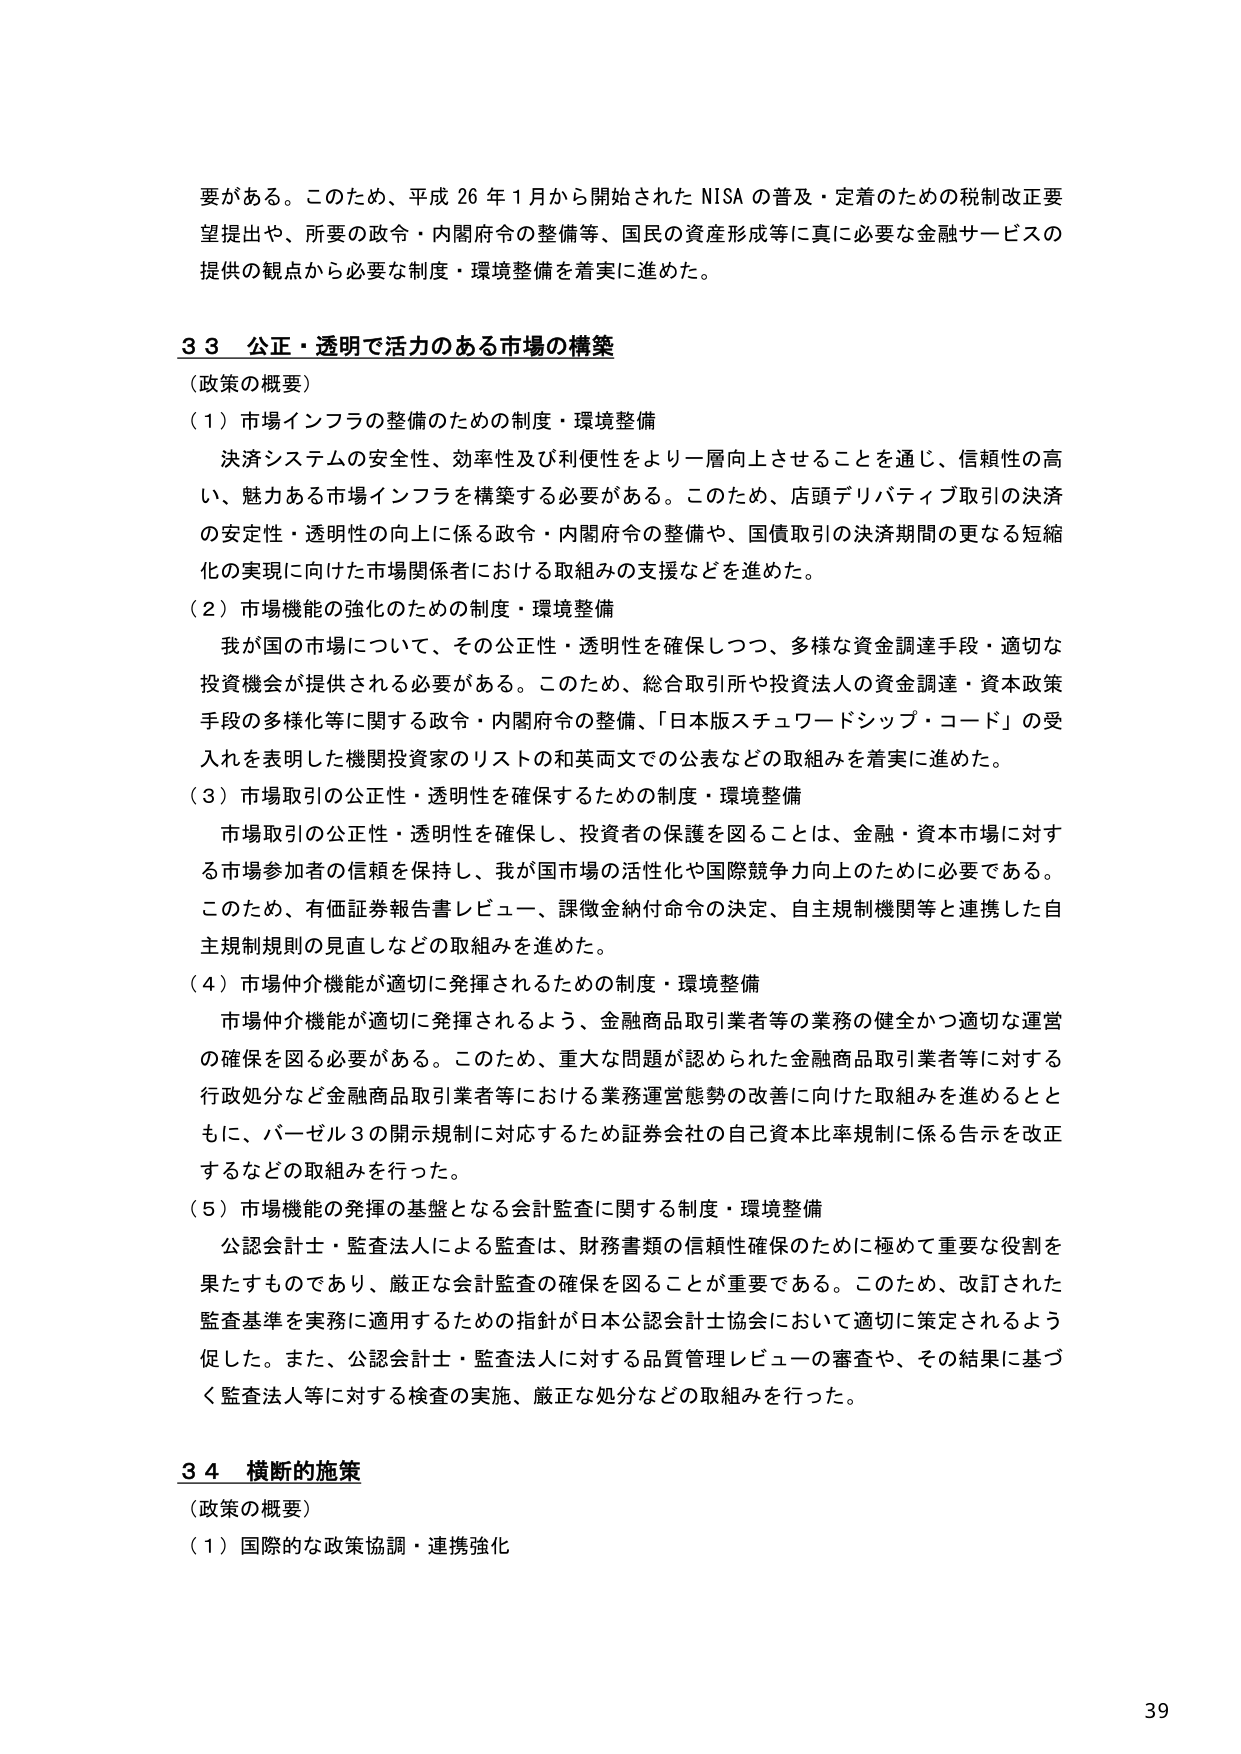
要がある。このため、平成26年1月から開始されたNISAの普及・定着のための税制改正要望提出や、所要の政令・内閣府令の整備等、国民の資産形成等に真に必要な金融サービスの提供の観点から必要な制度・環境整備を着実に進めた。

33 公正・透明で活力のある市場の構築
（政策の概要）
（1）市場インフラの整備のための制度・環境整備
　決済システムの安全性、効率性及び利便性をより一層向上させることを通じ、信頼性の高い、魅力ある市場インフラを構築する必要がある。このため、店頭デリバティブ取引の決済の安定性・透明性の向上に係る政令・内閣府令の整備や、国債取引の決済期間の更なる短縮化の実現に向けた市場関係者における取組みの支援などを進めた。
（2）市場機能の強化のための制度・環境整備
　我が国の市場について、その公正性・透明性を確保しつつ、多様な資金調達手段・適切な投資機会が提供される必要がある。このため、総合取引所や投資法人の資金調達・資本政策手段の多様化等に関する政令・内閣府令の整備、「日本版スチュワードシップ・コード」の受入れを表明した機関投資家のリストの和英両文での公表などの取組みを着実に進めた。
（3）市場取引の公正性・透明性を確保するための制度・環境整備
　市場取引の公正性・透明性を確保し、投資者の保護を図ることは、金融・資本市場に対する市場参加者の信頼を保持し、我が国市場の活性化や国際競争力向上のために必要である。このため、有価証券報告書レビュー、課徴金納付命令の決定、自主規制機関等と連携した自主規制規則の見直しなどの取組みを進めた。
（4）市場仲介機能が適切に発揮されるための制度・環境整備
　市場仲介機能が適切に発揮されるよう、金融商品取引業者等の業務の健全かつ適切な運営の確保を図る必要がある。このため、重大な問題が認められた金融商品取引業者等に対する行政処分など金融商品取引業者等における業務運営態勢の改善に向けた取組みを進めるとともに、バーゼル3の開示規制に対応するため証券会社の自己資本比率規制に係る告示を改正するなどの取組みを行った。
（5）市場機能の発揮の基盤となる会計監査に関する制度・環境整備
　公認会計士・監査法人による監査は、財務書類の信頼性確保のために極めて重要な役割を果たすものであり、厳正な会計監査の確保を図ることが重要である。このため、改訂された監査基準を実務に適用するための指針が日本公認会計士協会において適切に策定されるよう促した。また、公認会計士・監査法人に対する品質管理レビューの審査や、その結果に基づく監査法人等に対する検査の実施、厳正な処分などの取組みを行った。

34 横断的施策
（政策の概要）
（1）国際的な政策協調・連携強化

39